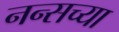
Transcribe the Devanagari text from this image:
नन्सच्या